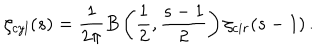
\zeta _ { c y l } ( s ) = \frac { 1 } { 2 \pi } B \left( \frac { 1 } { 2 } , \frac { s - 1 } { 2 } \right) \zeta _ { c i r } ( s - 1 ) \, { . }